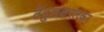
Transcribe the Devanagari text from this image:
तेंदुलकरलकर